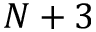
N + 3